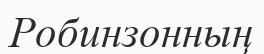
Робинзонның